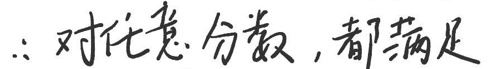
\(\therefore\)对任意分数，都满足